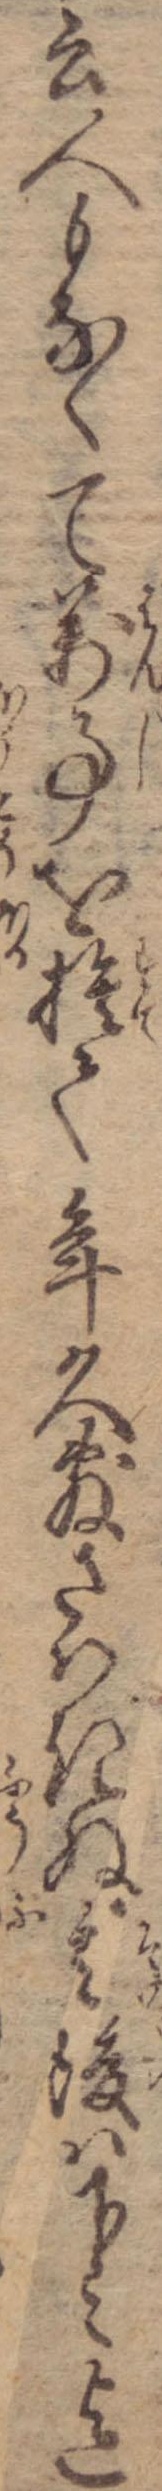
云人もなくて万事を捨て年久敷さはきぬ其後は下々迄